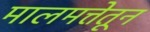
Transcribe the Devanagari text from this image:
मालमत्तेतून